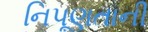
નિપૂણતાની